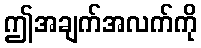
ဤအချက်အလက်ကို